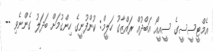
އެމްޓީސީސީގެ ސީއީއޯ އަބްދުއް ރައްޒާގު ހަލީމް: ކުންފުނީގެ ހިންގުމަށް ބަދަލު ގެންނެވި --